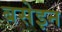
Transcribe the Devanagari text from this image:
बसेइन